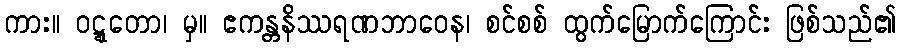
ကား။ ဝဋ္ဋတော၊ မှ။ ဧကန္တနိဿရဏဘာဝေန၊ စင်စစ် ထွက်မြောက်ကြောင်း ဖြစ်သည်၏